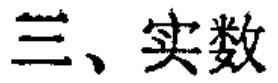
三、实数